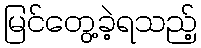
မြင်တွေ့ခဲ့ရသည့်